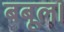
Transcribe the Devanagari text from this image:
बबूल।